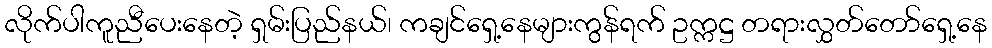
လိုက်ပါကူညီပေးနေတဲ့ ရှမ်းပြည်နယ်၊ ကချင်ရှေ့နေများကွန်ရက် ဥက္ကဋ္ဌ တရားလွှတ်တော်ရှေ့နေ